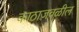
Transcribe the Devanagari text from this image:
काठाजवळील